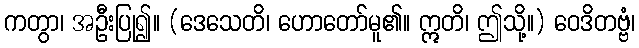
ကတွာ၊ အဦးပြု၍။ (ဒေသေတိ၊ ဟောတော်မူ၏။ ဣတိ၊ ဤသို့။) ဝေဒိတဗ္ဗံ၊